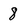
Character: 8